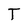
Character: T